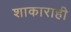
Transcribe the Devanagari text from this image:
शाकाराही